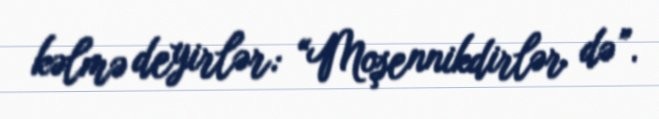
kəlmə deyirlər: “Moşennikdirlər də”.